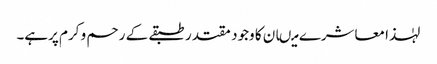
لہٰذا معاشرے میںان کا وجود مقتدر طبقے کے رحم و کرم پرہے۔